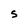
Character: S